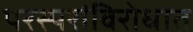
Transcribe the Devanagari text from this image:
परस्परांविरोधात